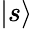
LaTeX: \vert s\rangle